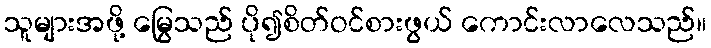
သူများအဖို့ မြွေသည် ပို၍စိတ်ဝင်စားဖွယ် ကောင်းလာလေသည်။